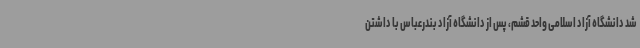
شد دانشگاه آزاد اسلامی واحد قشم، پس از دانشگاه آزاد بندرعباس با داشتن